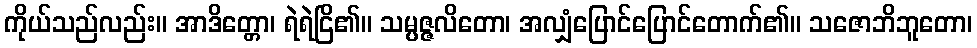
ကိုယ်သည်လည်း။ အာဒိတ္တော၊ ရဲရဲငြိ၏။ သမ္ပဇ္ဇလိတော၊ အလျှံပြောင်ပြောင်တောက်၏။ သဇောဘိဘူတော၊